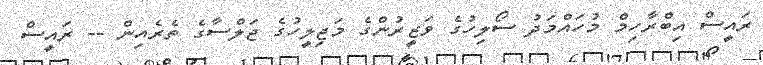
ރައީސް އިބްރާހިމް މުހައްމަދު ސޯލިހުގެ ވަޒީރުންގެ މަޖިލީހުގެ ޖަލްސާގެ ތެރެއިން -- ރައީސް